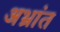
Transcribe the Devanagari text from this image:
अभ्रांत